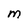
Character: M